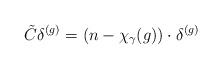
LaTeX: \begin{align*}\tilde{C} \delta^{(g)}=(n-\chi_{\gamma}(g))\cdot \delta^{(g)}\end{align*}